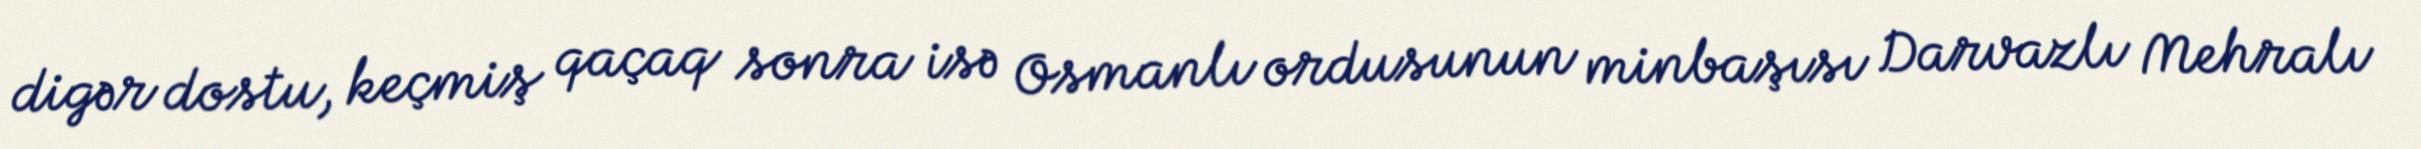
digər dostu, keçmiş qaçaq sonra isə Osmanlı ordusunun minbaşısı Darvazlı Mehralı